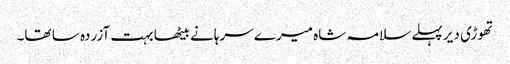
تھوڑی دیر پہلے سلامہ شاہ میرے سرہانے بیٹھا بہت آزردہ سا تھا۔